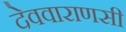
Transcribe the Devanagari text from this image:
देववाराणसी